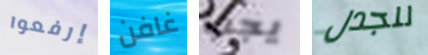
إرفعوا غافن يجب للجدل